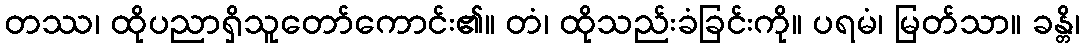
တဿ၊ ထိုပညာရှိသူတော်ကောင်း၏။ တံ၊ ထိုသည်းခံခြင်းကို။ ပရမံ၊ မြတ်သာ။ ခန္တိ၊